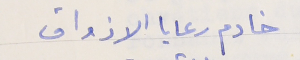
خادم رعايا الاذواق